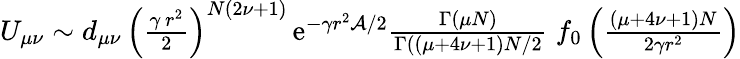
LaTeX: \begin{array}{r}{U_{\mu\nu}\sim d_{\mu\nu}\, \left({\frac{\gamma\, r^{2}}{2}}\right)^{N(2\nu+1)}\, \mathrm{e}^{-\gamma r^{2}{\mathcal A}/2}{\frac{\Gamma(\mu N)}{\Gamma((\mu+4\nu+1)N/2}}\; f_{0}\left(\frac{(\mu+4\nu+1)N}{2\gamma r^{2}}\right)}\end{array}